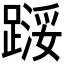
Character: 𬧇